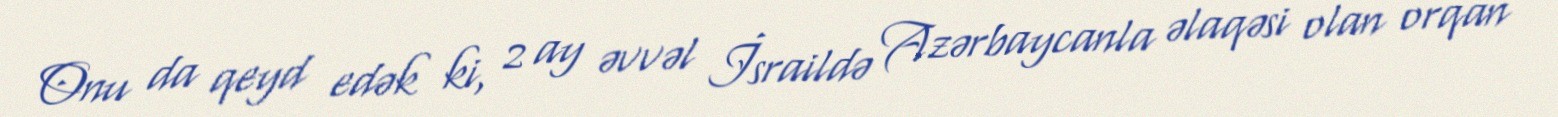
Onu da qeyd edək ki, 2 ay əvvəl İsraildə Azərbaycanla əlaqəsi olan orqan